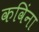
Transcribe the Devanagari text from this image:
कविंना